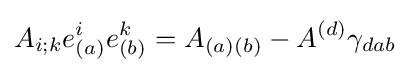
A_{i;k}e_{(a)}^{i}e_{(b)}^{k}=A_{(a)(b)}-A^{(d)}\gamma _{dab}